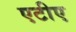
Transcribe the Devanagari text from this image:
एटीए